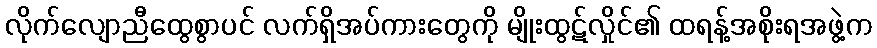
လိုက်လျောညီထွေစွာပင် လက်ရှိအပ်ကားတွေကို မျိုးထွဋ်လှိုင်၏ ထရန့်အစိုးရအဖွဲ့က